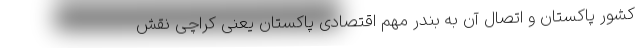
کشور پاکستان و اتصال آن به بندر مهم اقتصادی پاکستان یعنی کراچی نقش